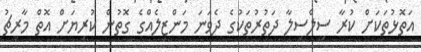
އަތޮޅުތަކަށް ކުރާ ސިލްސިލާ ދަތުރުތަކުގެ ދެވަނަ މަންޒިލެއްގެ ގޮތުން ކުރިޔަށް އޮތް މާރިޗު